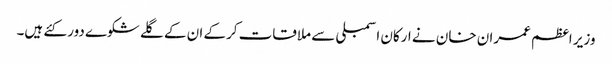
وزیر اعظم عمران خان نے ارکان اسمبلی سے ملاقات کرکے ان کے گلے شکوے دور کئے ہیں۔